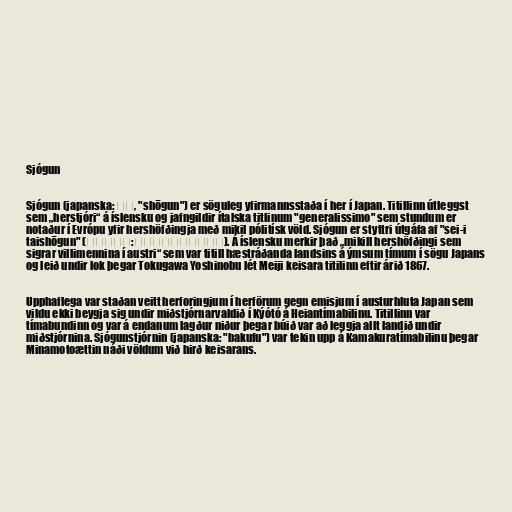
Sjógun

Sjógun (japanska: 将軍, "shōgun") er söguleg yfirmannsstaða í her í Japan. Titillinn útleggst
sem „herstjóri“ á íslensku og jafngildir ítalska titlinum "generalissimo" sem stundum er
notaður í Evrópu yfir hershöfðingja með mikil pólitísk völd. Sjógun er styttri útgáfa af "sei-i
taishōgun" (征夷大将軍:せいいたいしょうぐん). Á íslensku merkir það „mikill hershöfðingi sem
sigrar villimennina í austri“ sem var titill hæstráðanda landsins á ýmsum tímum í sögu Japans
og leið undir lok þegar Tokugawa Yoshinobu lét Meiji keisara titilinn eftir árið 1867.

Upphaflega var staðan veitt herforingjum í herförum gegn emisjum í austurhluta Japan sem
vildu ekki beygja sig undir miðstjórnarvaldið í Kýótó á Heiantímabilinu. Titillinn var
tímabundinn og var á endanum lagður niður þegar búið var að leggja allt landið undir
miðstjórnina. Sjógunstjórnin (japanska: "bakufu") var tekin upp á Kamakuratímabilinu þegar
Minamotoættin náði völdum við hirð keisarans.